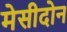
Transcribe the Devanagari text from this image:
मेसीदोन